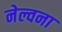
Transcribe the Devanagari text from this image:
नेल्वना